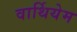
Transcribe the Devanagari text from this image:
वार्थियेम